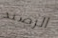
الرصيد